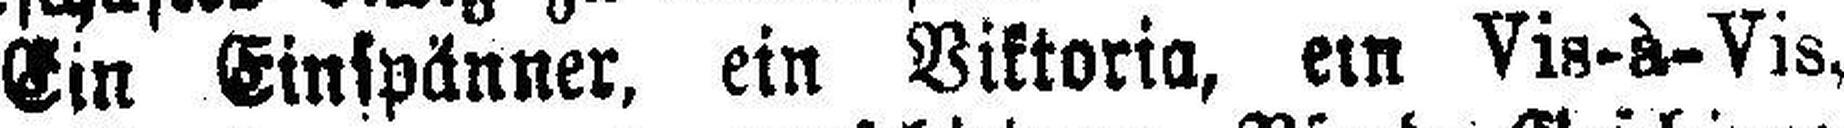
Ein Einspänner, ein Viktoria, ein Vis-à-Vis,